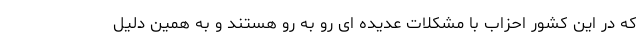
که در این کشور احزاب با مشکلات عدیده ای رو به رو هستند و به همین دلیل